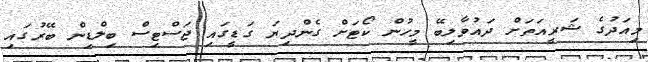
މިއަދުގެ ޝަރީއަތަށް ދައުވާލިބޭ މީހުން ކޯޓަށް ގެންދިޔަ ގަޑީގައި ޖަސްޓިސް ބިލްޑިން ބޭރުގައި